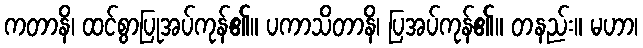
ကတာနိ၊ ထင်စွာပြုအပ်ကုန်၏။ ပကာသိတာနိ၊ ပြအပ်ကုန်၏။ တနည်း။ မဟာ၊